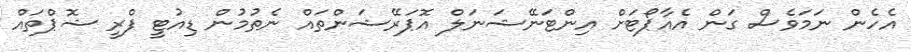
އެހެން ނަމަވެސް ގަން އެއާޕޯޓަށް އިންޓަނޭޝަނަލް އޮޕަރޭޝަންތައް ނެތުމުން ޑިއުޓީ ފްރީ ޝޮޕްތައް